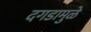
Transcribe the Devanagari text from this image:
दगडामुळे